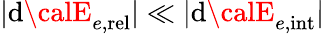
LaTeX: |\mathrm{d}{\calE}_{e,\mathrm{{rel}}}|\ll|\mathrm{d}{\calE}_{e,\mathrm{{int}}}|